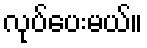
လုပ်ပေးမယ်။